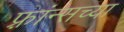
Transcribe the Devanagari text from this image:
फ़्रांन्सच्या